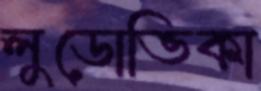
লুডোভিকা